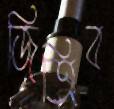
জিতিব